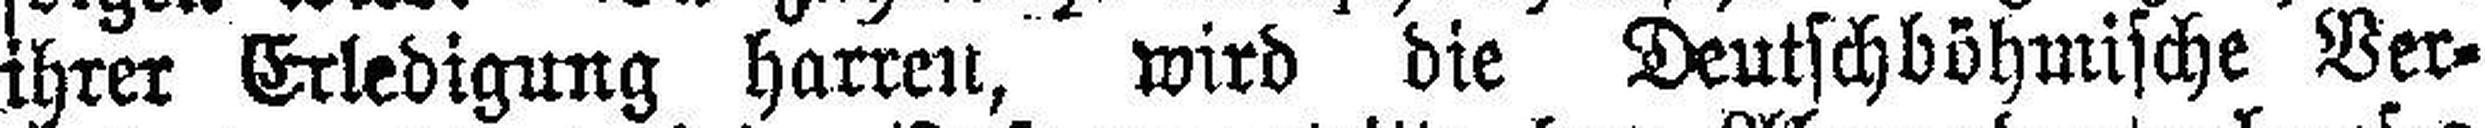
ihrer Erledigung harren, wird die Deutschböhmische Ver¬